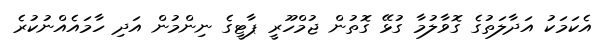
އެކަމަކު އަދާލަތުގެ ގޮވާލުމާ ގުޅޭ ގޮތުން ޖުމްހޫރީ ޕާޓީގެ ނިންމުން އަދި ހާމައެއްނުކުރެ